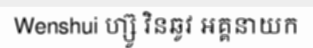
Wenshui ហ្ស៊ូ វិនឆូវ អគ្គនាយក